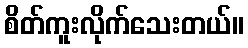
စိတ်ကူးလိုက်သေးတယ်။